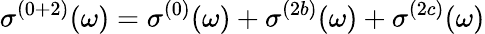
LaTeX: \sigma^{(0+2)}(\omega)=\sigma^{(0)}(\omega)+\sigma^{(2b)}(\omega)+\sigma^{(2c)}(\omega)